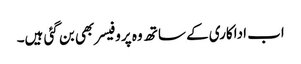
اب اداکاری کے ساتھ وہ پروفیسر بھی بن گئی ہیں۔